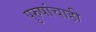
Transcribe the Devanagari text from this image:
पुरुषांचाही